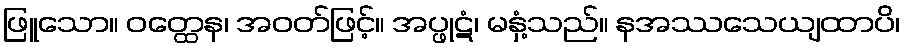
ဖြူသော။ ဝတ္ထေန၊ အဝတ်ဖြင့်။ အပ္ဖုဋံ၊ မနှံ့သည်။ နအဿသေယျထာပိ၊